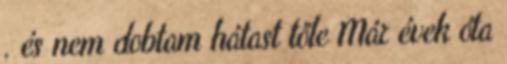
. és nem dobtam hátast tőle Már évek óta